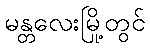
မန္တလေးမြို့တွင်